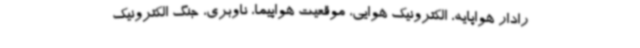
رادار هواپایه، الکترونیک هوایی، موقعیت هواپیما، ناوبری، جنگ الکترونیک